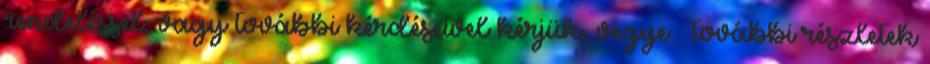
rendeléssel, vagy további kérdéseivel kérjük, vegye . további részletek